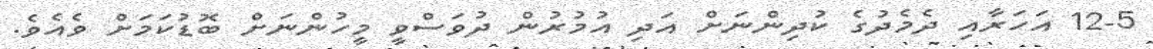
12-5 އަހަރާއި ދެމެދުގެ ކުދިންނަށް އަދި އުމުރުން ދުވަސްވީ މީހުންނަށް ބޮޑުކަމަށް ވެއެވެ.